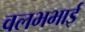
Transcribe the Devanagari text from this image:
वलभभाई